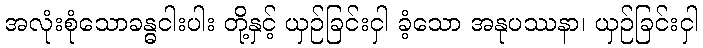
အလုံးစုံသောခန္ဓငါးပါး တို့နှင့် ယှဉ်ခြင်းငှါ ခံ့သော အနုပဿနာ၊ ယှဉ်ခြင်းငှါ